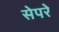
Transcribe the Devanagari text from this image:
सेपरे